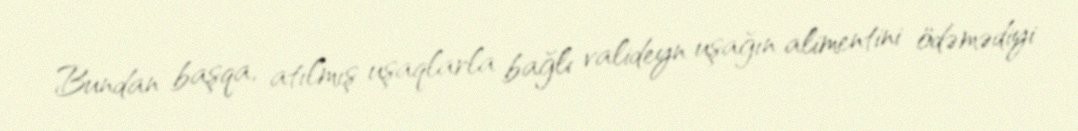
Bundan başqa, atılmış uşaqlarla bağlı valideyn uşağın alimentini ödəmədiyi